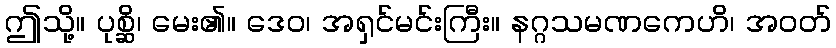
ဤသို့။ ပုစ္ဆိ၊ မေး၏။ ဒေဝ၊ အရှင်မင်းကြီး။ နဂ္ဂသမဏကေဟိ၊ အဝတ်